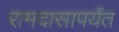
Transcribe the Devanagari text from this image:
रामदासापर्यंत